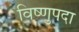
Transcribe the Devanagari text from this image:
विष्‍णुपदा